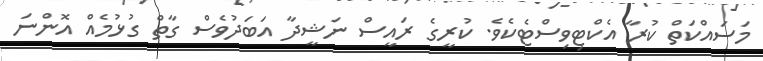
މަސައްކަތް ކުރާ އެކްޓިވިސްޓެކެވެ. ކުރީގެ ރައީސް ނަޝީދާ އަބަދުވެސް ގާތް ގުޅުމެއް އޮންނަ